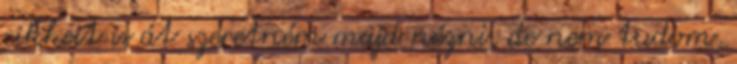
cikkeit is át szeretném majd nézni, de nem tudom,